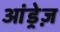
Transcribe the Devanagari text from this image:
आंड्रेज़